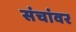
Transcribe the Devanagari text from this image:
संचांवर